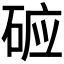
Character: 𱴉